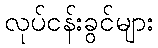
လုပ်ငန်းခွင်များ